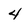
Character: 4